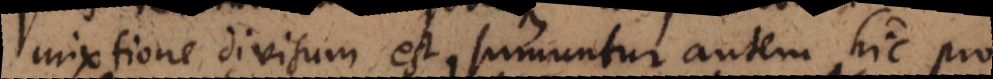
mixtione divisum est, sumuntur autem hic pro